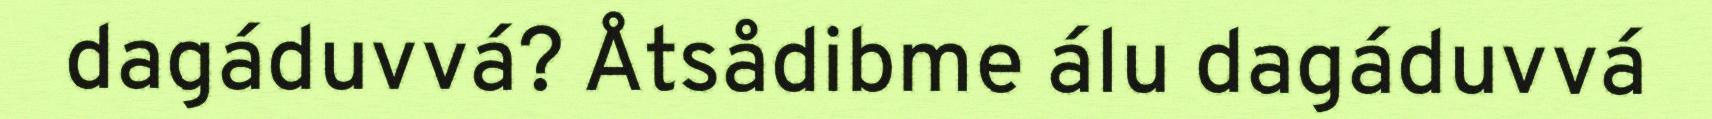
dagáduvvá? Åtsådibme álu dagáduvvá